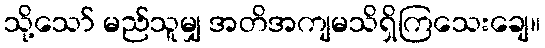
သို့သော် မည်သူမျှ အတိအကျမသိရှိကြသေးချေ။